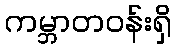
ကမ္ဘာတဝန်းရှိ